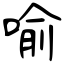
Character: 喻